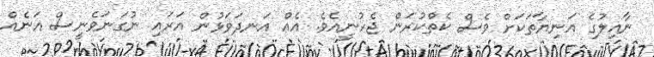
ނާއިލުގެ އަނިޔާތަކަށް ވެސް ކެތްކުރަން ޖެހުނީއެވެ. އެއް އަނދަވަޅުން އަރައި ނުގަނަވެނީސް އަނެއް